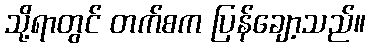
သို့ရာတွင် တက်စက ပြန်ချော့သည်။